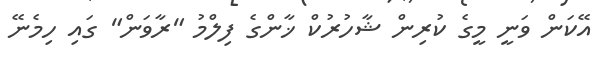
އޭކަން ވަނީ މީގެ ކުރިން ޝާހުރުކް ޚާންގެ ފިލްމު "ރާވަން" ގައި ހިމެނޭ